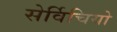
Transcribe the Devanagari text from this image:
सेर्विचियो